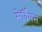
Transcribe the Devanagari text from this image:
सेर्वियस